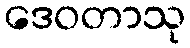
ဒေဝတာသု